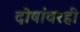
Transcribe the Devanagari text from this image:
दोषांवरही